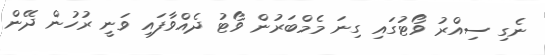
ނެގި ސިއްރު ވޯޓުގައި ގިނަ މެމްބަރުން ވޯޓު ދެއްވާފައި ވަނީ ރުހުން ދޭން